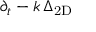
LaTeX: \partial _ { t } - k \, \Delta _ { \mathrm { 2 D } }